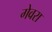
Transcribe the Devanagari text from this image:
गेवरा